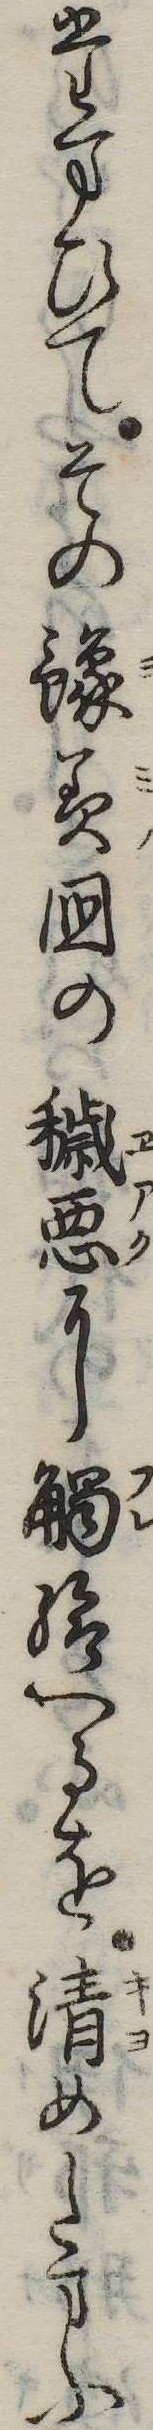
たまひてその予美国の穢悪に触給へるを清めたまふ